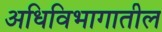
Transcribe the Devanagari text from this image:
अधिविभागातील